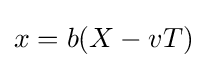
x=b(X-vT)